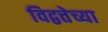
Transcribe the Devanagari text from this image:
विद्वत्तेच्या